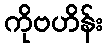
ကိုဗဟိန်း